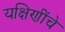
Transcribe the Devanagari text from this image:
यक्षिणींचे